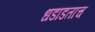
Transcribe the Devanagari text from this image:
धडाडताच